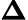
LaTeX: \boldsymbol{\Delta}